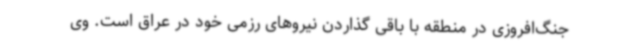
جنگ‌افروزی در منطقه با باقی گذاردن نیروهای رزمی خود در عراق است. وی